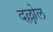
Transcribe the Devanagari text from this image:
दल्लोल